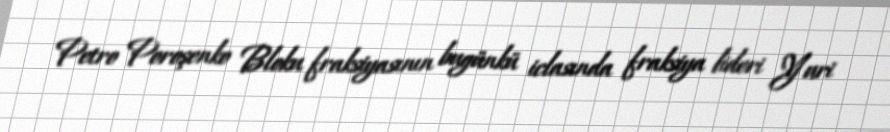
Petro Poroşenko Bloku fraksiyasının bugünkü iclasında fraksiya lideri Yuri